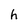
Character: h